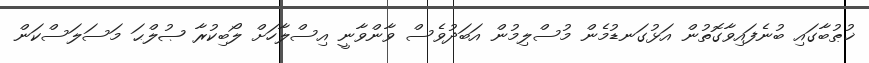
ޚުޠުބާގައި ބުނެފައިވާގޮތުން އަޅުގަނޑުމެން މުސްލިމުން އަބަދުވެސް ވާންވާނީ އިސްލާހަށް ލޯބިކުރާ ޞުލްޙަ މަސަލަސްކަން